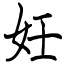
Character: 妊